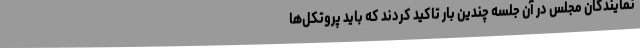
نمایندگان مجلس در آن جلسه چندین بار تاکید کردند که باید پروتکل‌ها